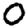
Digit: 0